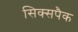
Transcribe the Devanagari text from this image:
सिक्सपैक